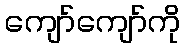
ကျော်ကျော်ကို